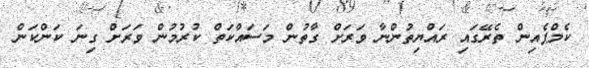
ކެމްޕެއިން ތެރޭގައި ރައްޔިތުންނާ ވަރަށް ގާތުން މަސައްކަތް ކުރުމުން ވަރަށް ގިނަ ކަންކަން